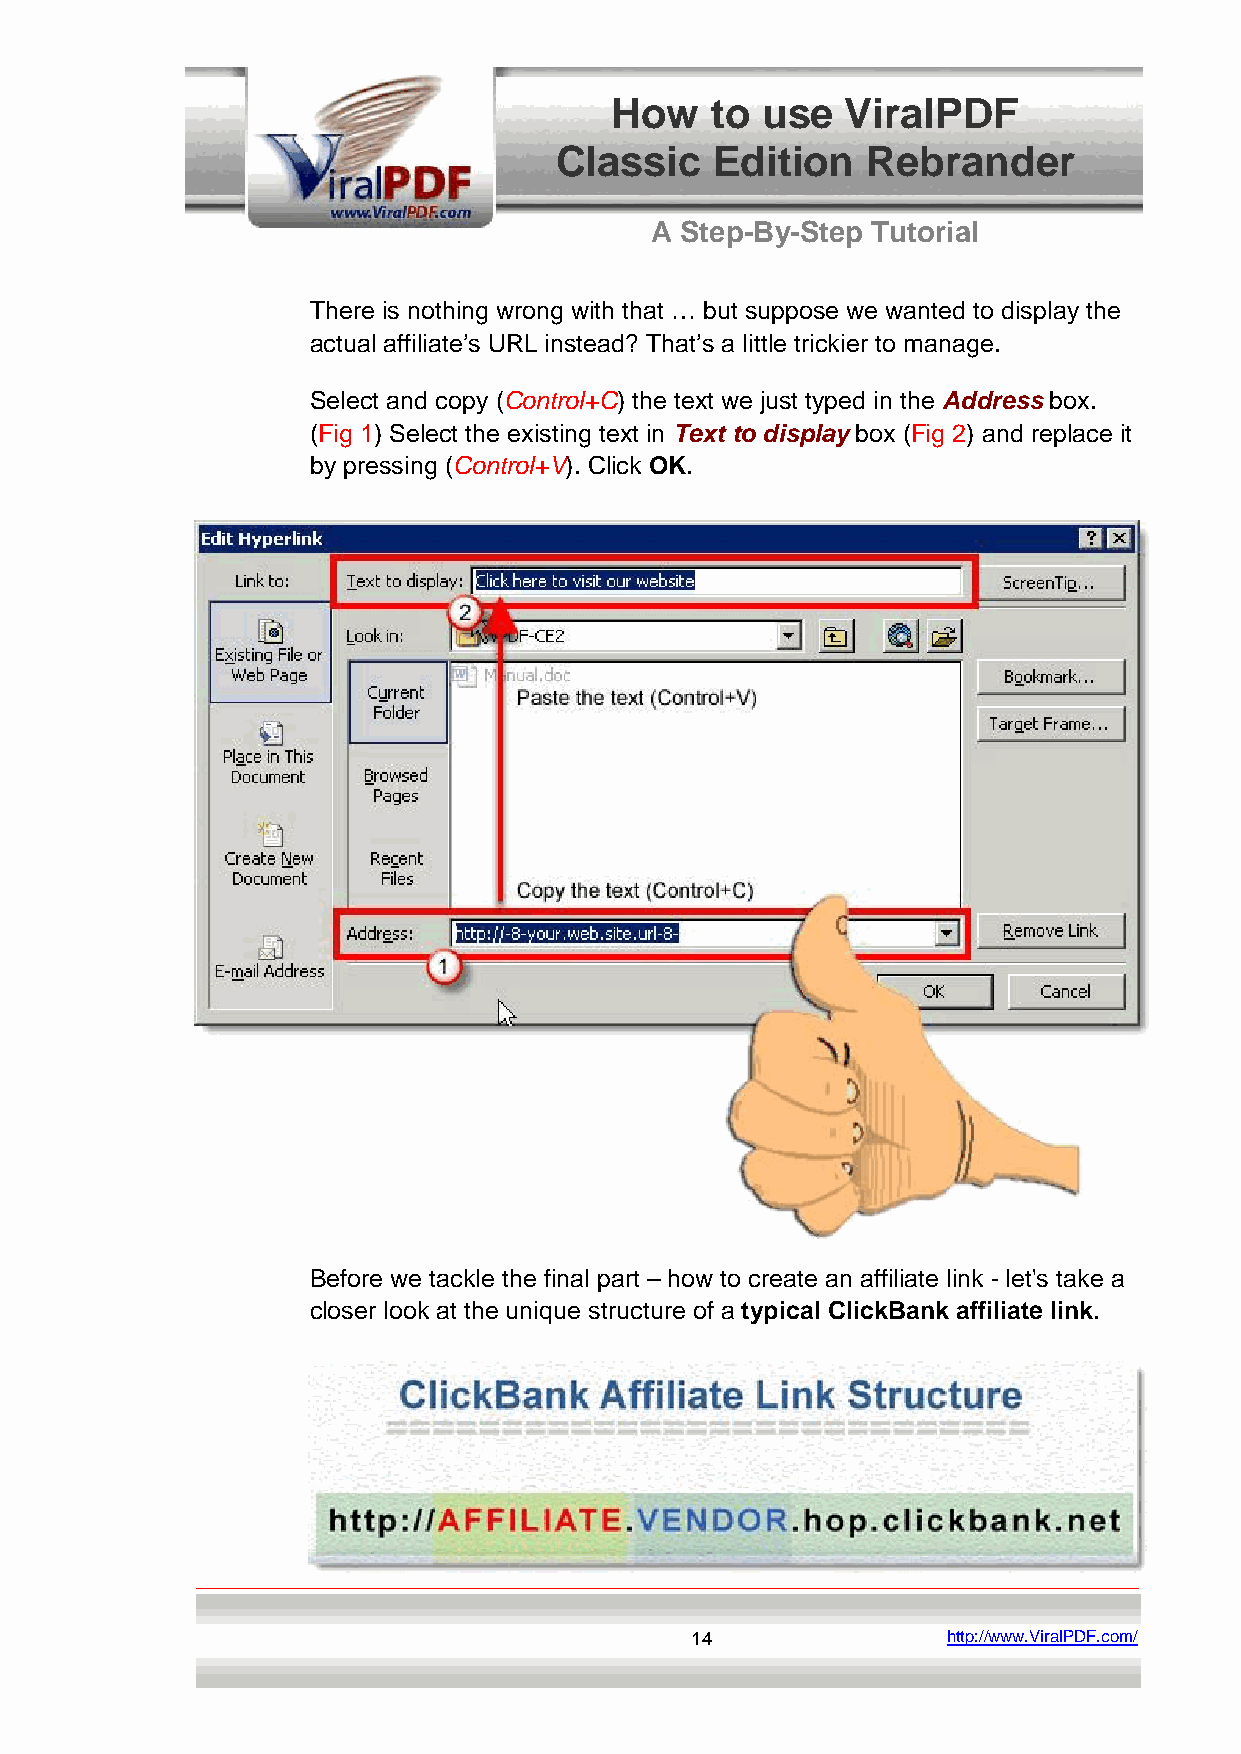
How    to use   ViralPDF
 Classic   Edition   Rebrander
 A Step-By-Step Tutorial
 There is nothing wrong with that … but suppose we wanted to display the
 actual affiliate’s URL instead? That’s a little trickier to manage.
 Select and copy (Control+C) the text we just typed in the Address box.
 (Fig 1) Select the existing text in Text to display box (Fig 2) and replace it
 by pressing (Control+V). Click OK.
 Before we tackle the final part – how to create an affiliate link - let's take a
 closer look at the unique structure of a typical ClickBank affiliate link.
 14               http://www.ViralPDF.com/